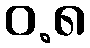
ဝ.၈